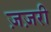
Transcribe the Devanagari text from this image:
ज़ज़री